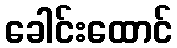
ခေါင်းထောင်